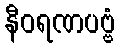
နီဝရဏပဗ္ဗံ